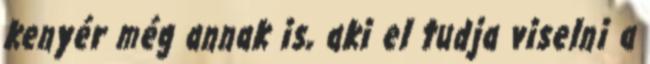
kenyér még annak is, aki el tudja viselni a